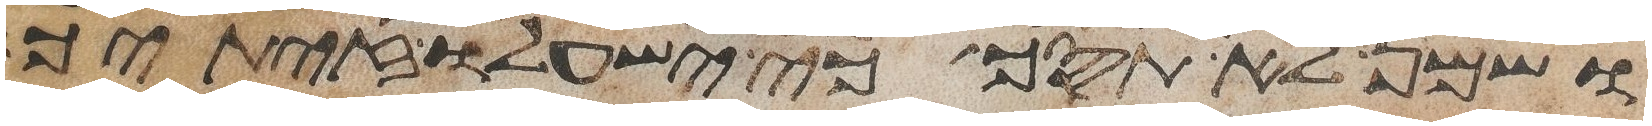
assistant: ושמן לא תסך כי ישעל זיתיך